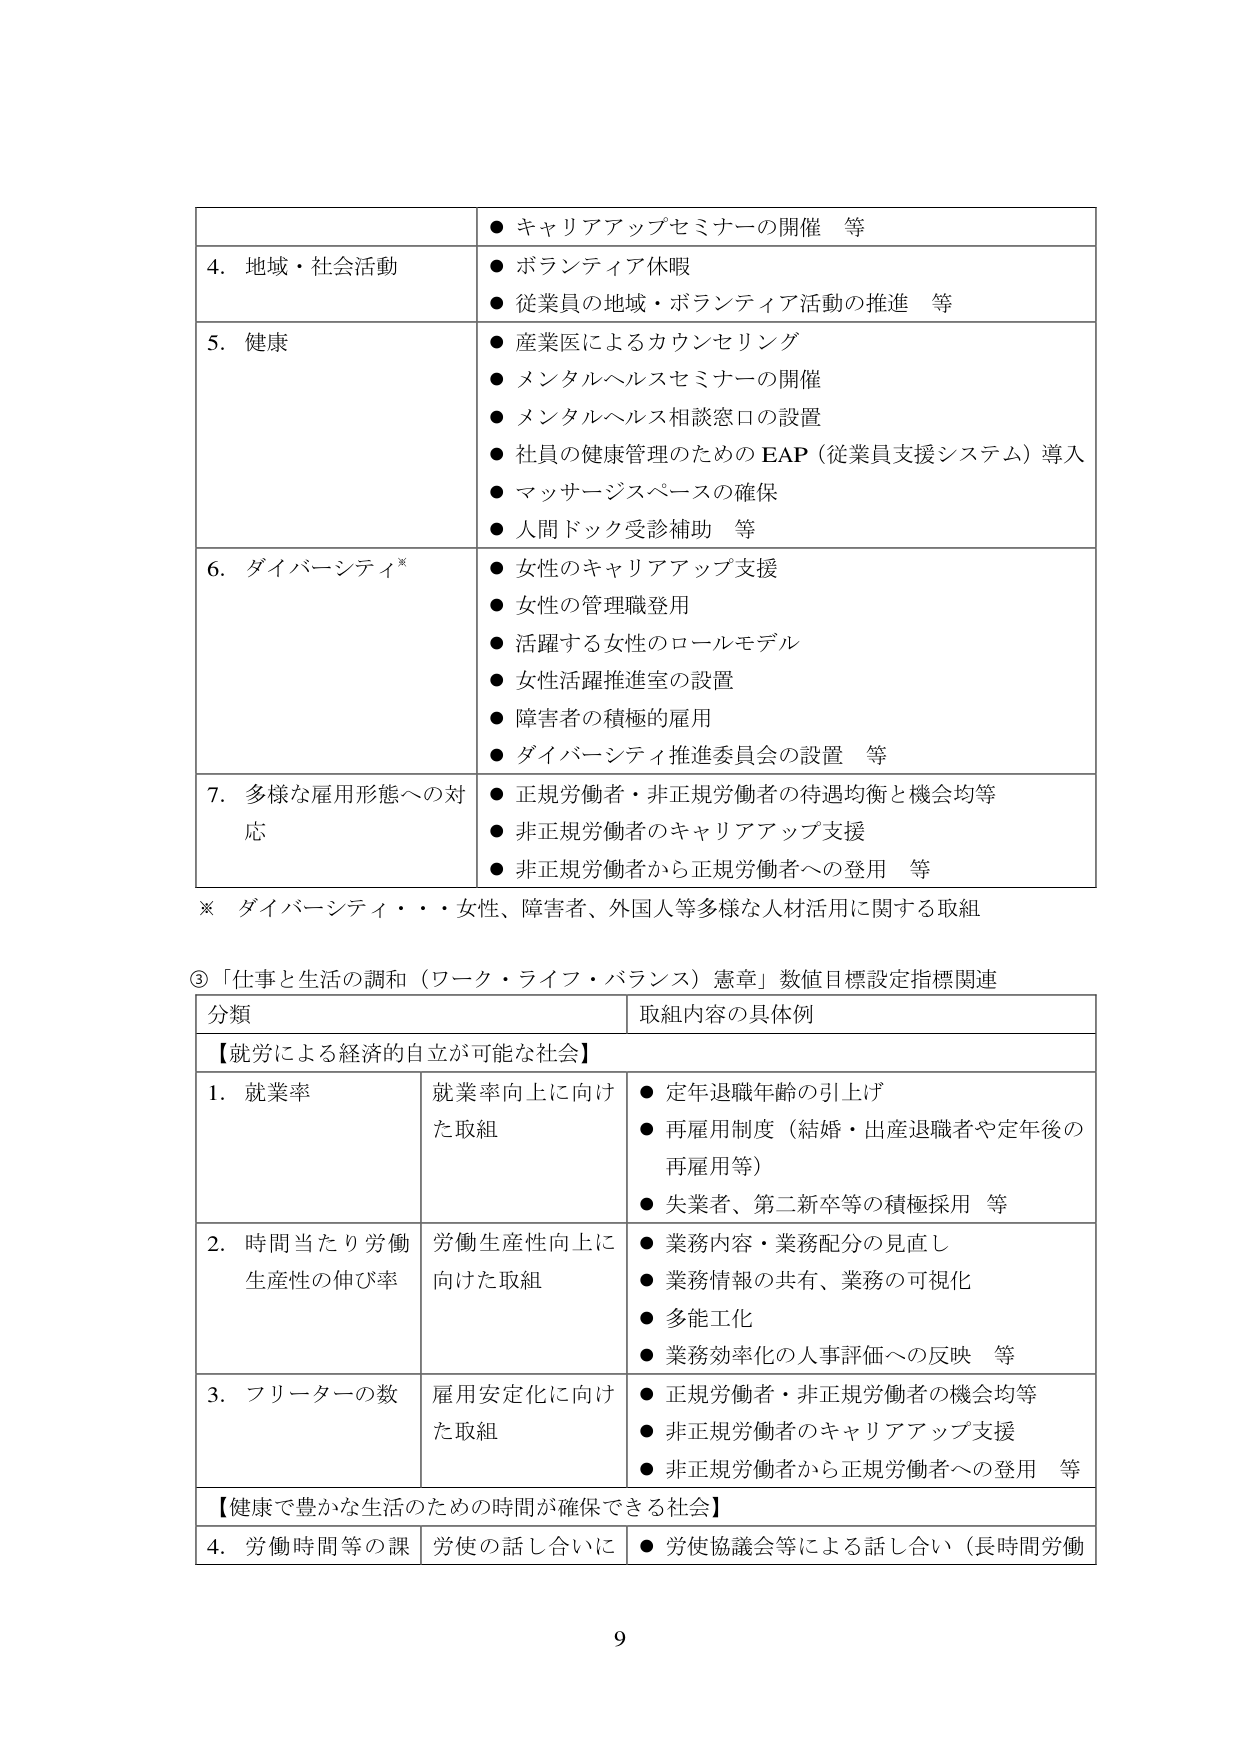
● キャリアアップセミナーの開催 等
4. 地域・社会活動
● ボランティア休暇
● 従業員の地域・ボランティア活動の推進 等
5. 健康
● 産業医によるカウンセリング
● メンタルヘルスセミナーの開催
● メンタルヘルス相談窓口の設置
● 社員の健康管理のための EAP（従業員支援システム）導入
● マッサージスペースの確保
● 人間ドック受診補助 等
6. ダイバーシティ*
● 女性のキャリアアップ支援
● 女性の管理職登用
● 活躍する女性のロールモデル
● 女性活躍推進室の設置
● 障害者の積極的雇用
● ダイバーシティ推進委員会の設置 等
7. 多様な雇用形態への対応
● 正規労働者・非正規労働者の待遇均衡と機会均等
● 非正規労働者のキャリアアップ支援
● 非正規労働者から正規労働者への登用 等
※ ダイバーシティ・・・女性、障害者、外国人等多様な人材活用に関する取組

③「仕事と生活の調和（ワーク・ライフ・バランス）憲章」数値目標設定指標関連
分類 取組内容の具体例
【就労による経済的自立が可能な社会】
1. 就業率 就業率向上に向けた取組
● 定年退職年齢の引上げ
● 再雇用制度（結婚・出産退職者や定年後の再雇用等）
● 失業者、第二新卒等の積極採用 等
2. 時間当たり労働生産性の伸び率 労働生産性向上に向けた取組
● 業務内容・業務配分の見直し
● 業務情報の共有、業務の可視化
● 多能工化
● 業務効率化の人事評価への反映 等
3. フリーターの数 雇用安定化に向けた取組
● 正規労働者・非正規労働者の機会均等
● 非正規労働者のキャリアアップ支援
● 非正規労働者から正規労働者への登用 等
【健康で豊かな生活のための時間が確保できる社会】
4. 労働時間等の課 労使の話し合いに
● 労使協議会等による話し合い（長時間労働

9